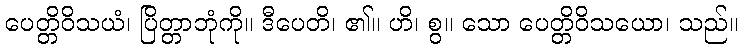
ပေတ္တိဝိသယံ၊ ပြိတ္တာဘုံကို။ ဒီပေတိ၊ ၏။ ဟိ၊ စွ။ သော ပေတ္တိဝိသယော၊ သည်။